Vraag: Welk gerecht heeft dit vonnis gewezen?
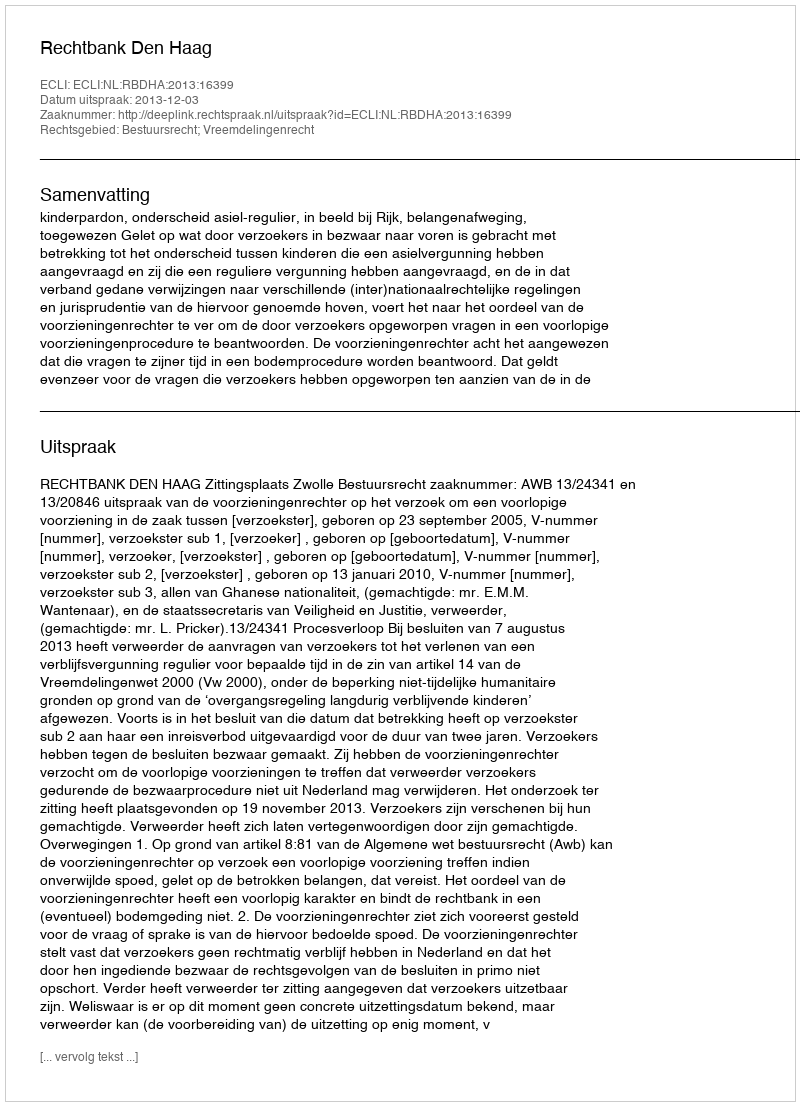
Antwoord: Rechtbank Den Haag